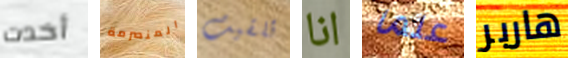
أخدت المنصرمة تلقيت انا علما هاربر